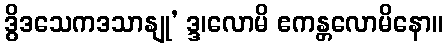
ဒွိဒသေကဒသာနျု’ ဒ္ဒ၊လောမိ ဧကန္တလောမိနော။